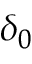
\delta _ { 0 }